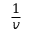
\frac { 1 } { v }